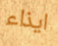
ايذاء